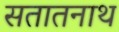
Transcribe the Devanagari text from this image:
सतातनाथ